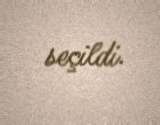
seçildi.